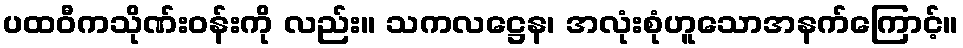
ပထဝီကသိုဏ်းဝန်းကို လည်း။ သကလဋ္ဌေန၊ အလုံးစုံဟူသောအနက်ကြောင့်။